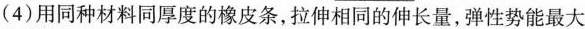
(4)用同种材料同厚度的橡皮条，拉伸相同的伸长量，弹性势能最大